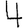
Digit: 4